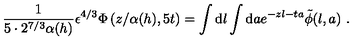
{ \frac { 1 } { 5 \cdot 2 ^ { 7 / 3 } \alpha ( h ) } } { \epsilon ^ { 4 / 3 } \Phi \left( { z / \alpha ( h ) } , 5 t \right) } = \int \mathrm { d } l \int \mathrm { d } a e ^ { - z l - t a } \tilde { \phi } ( l , a ) \ .